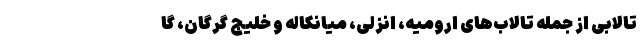
تالابی از جمله تالاب‌های ارومیه، انزلی، میانکاله و خلیج گرگان، گا